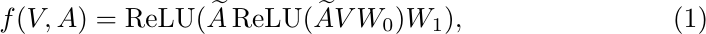
\begin{equation}
  \label{eq:gnn}
  f(V, A) = \textup{ReLU}(\widetilde{A}\,\textup{ReLU}(\widetilde{A}VW_0)W_1),
\end{equation}